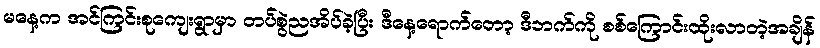
မနေ့က အင်ကြင်းစုကျေးရွာမှာ တပ်စွဲညအိပ်ခဲ့ပြီး ဒီနေ့ရောက်တော့ ဒီဘက်ကို စစ်ကြောင်းထိုးလာတဲ့အချိန်